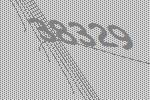
38329